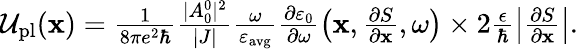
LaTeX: \begin{array}{r}{\mathcal{U}_{\mathrm{pl}}(\mathbf{x})=\frac{1}{8\pi e^{2}\hbar}\frac{|A_{0}^{0}|^{2}}{|J|}\frac{\omega}{\varepsilon_{\mathrm{avg}}}\frac{\partial\varepsilon_{0}}{\partial\omega}\left(\mathbf{x},\frac{\partial S}{\partial\mathbf{x}},\omega\right)\times 2\frac{\epsilon}{\hbar}\left|\frac{\partial S}{\partial\mathbf{x}}\right|.}\end{array}